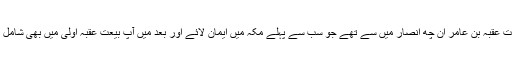
حضرت عُقْبَہ بن عامر ان چھ انصار میں سے تھے جو سب سے پہلے مکہ میں ایمان لائے اور بعد میں آپ بیعتِ عقبہ اولیٰ میں بھی شامل ہوئے۔